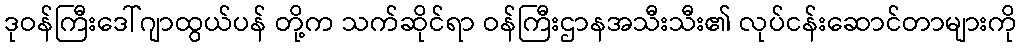
ဒုဝန်ကြီးဒေါ်ဂျာထွယ်ပန် တို့က သက်ဆိုင်ရာ ဝန်ကြီးဌာနအသီးသီး၏ လုပ်ငန်းဆောင်တာများကို